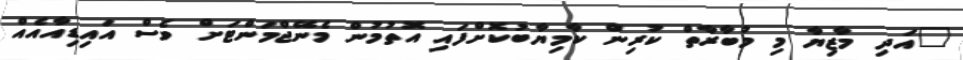
"އަދި މާޒިޔާ މި މުބާރާތް ކުރިން ކާމިޔާބުކޮށްފައި އޮތުމުން މެނޭޖްމަންޓަށް ވެސް އައިޑިއާއެއް